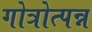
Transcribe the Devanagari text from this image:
गोत्रोत्पन्न